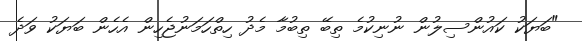
"ބަޔަކު ކައުންސިލުން ނުނިކުމެ ތިބޭ ތިބުމާ މެދު ހިތްހަމަނުޖެހިން އެހެން ބަޔަކު ވަދެ